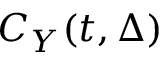
C _ { Y } ( t , \Delta )